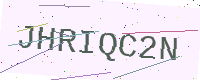
Text: JHRIQC2N